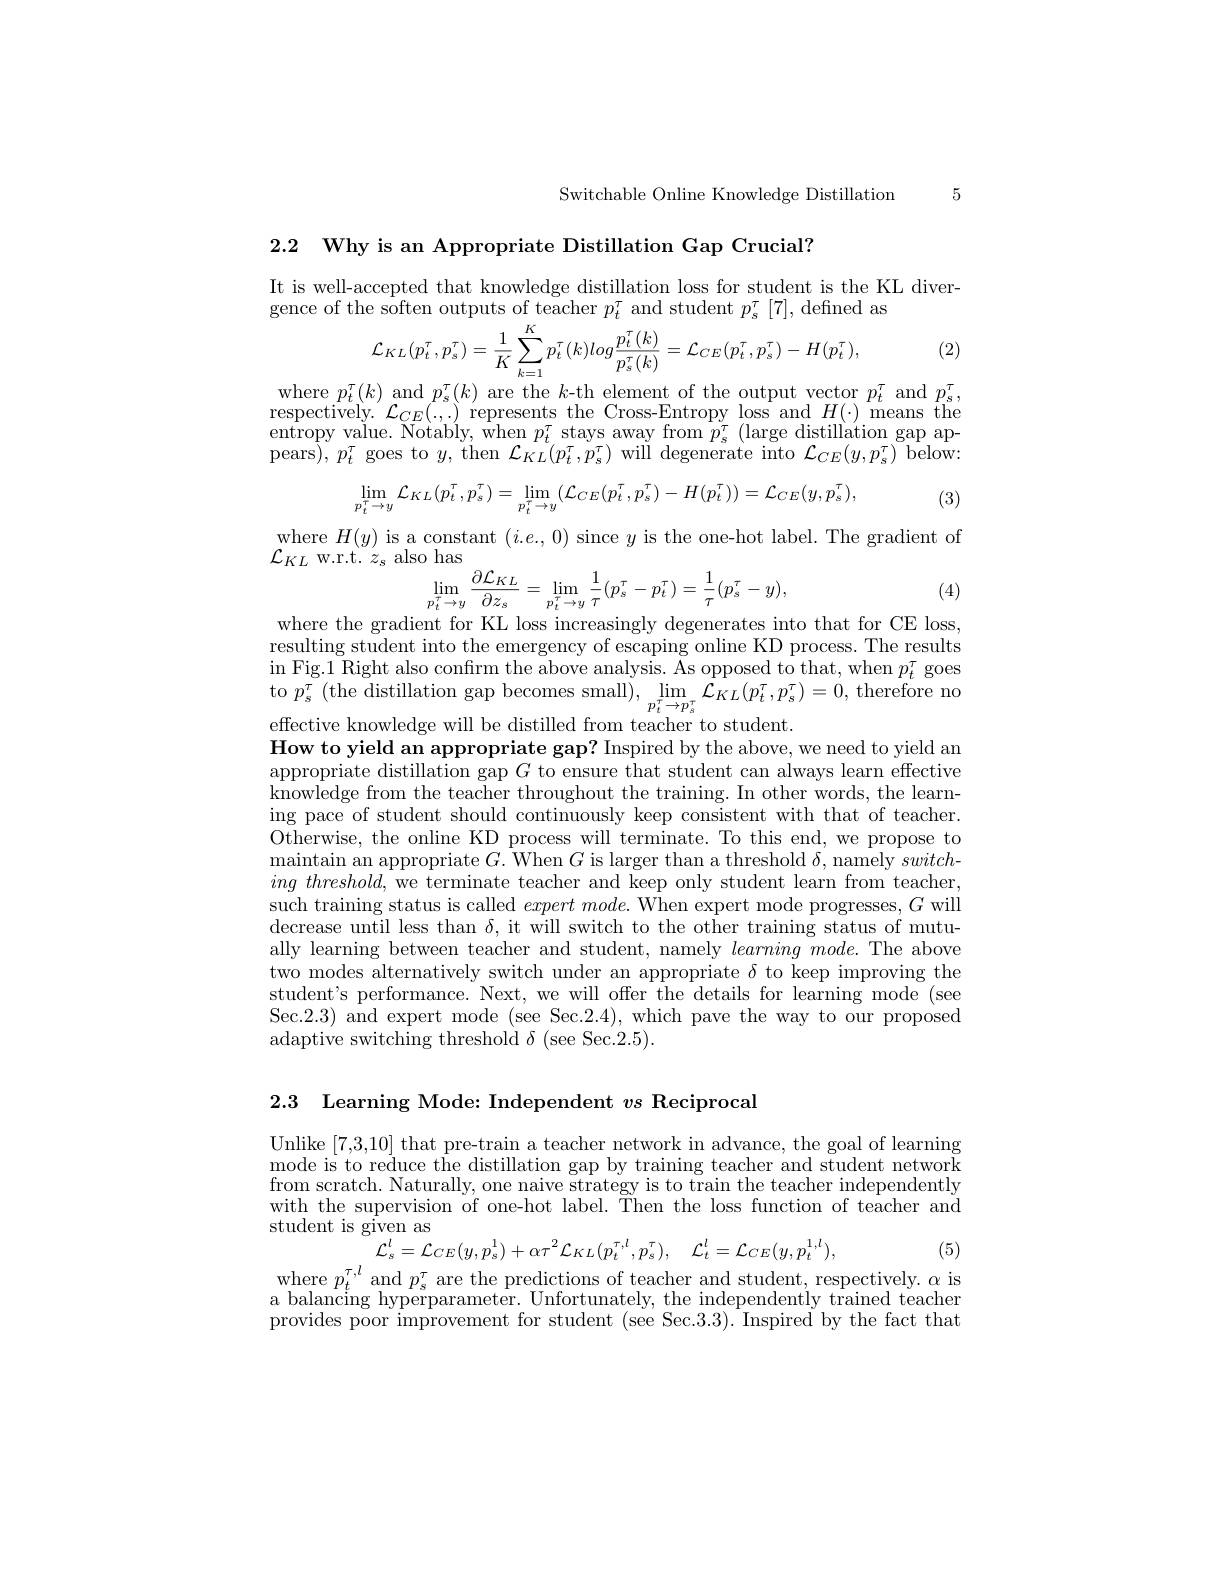
Switchable Online Knowledge Distillation 5

2.2 Why is an Appropriate Distillation Gap Crucial?

It is well-accepted that knowledge distillation loss for student is the KL diver-
gence of the soften outputs of teacher $p_t^\tau$ and student $p_s^\tau[7]$,defned as
$$\mathcal{L}_{KL}(p_{t}^{\tau},p_{s}^{\tau})=\frac{1}{K}\sum_{k=1}^{K}p_{t}^{\tau}(k)log\frac{p_{t}^{\tau}(k)}{p_{s}^{\tau}(k)}=\mathcal{L}_{CE}(p_{t}^{\tau},p_{s}^{\tau})-H(p_{t}^{\tau}),$$
(2)

$\begin{array}{c}\mathrm{where~}p_{t}^{\tau}(k)\mathrm{~and~}p_{s}^{\tau}(k)\mathrm{~are~the~}k\mathrm{-th~element~of~the~output~vector~}p_{t}^{\tau}\mathrm{~and~}p_{s}^{\tau},\\\mathrm{respectively.~}\mathcal{L}_{CE}(\ldots)\mathrm{~represents~the~Cross-Entropy~loss~and~}H(\cdot)\mathrm{~means~the}\\\mathrm{entropy~value.~Notably,~when~}p_{t}^{\tau}\mathrm{~stays~aw}\end{array}$ pears$),p_{t}^{\tau}$goes to$y$,then $\mathcal{L}_{KL}(p_{t}^{\tau},p_{\mathrm{s}}^{\tau})$will degenerate into $\mathcal{L}_{CE}(y,p_{\mathrm{s}}^{\tau})$below:

(3)
$$\lim_{p_{t}^{\tau}\to y}\mathcal{L}_{KL}(p_{t}^{\tau},p_{s}^{\tau})=\lim_{p_{t}^{\tau}\to y}(\mathcal{L}_{CE}(p_{t}^{\tau},p_{s}^{\tau})-H(p_{t}^{\tau}))=\mathcal{L}_{CE}(y,p_{s}^{\tau}),$$
$\begin{array}{l}{\mathrm{where~}H(y)\mathrm{~is~a~constant~}(i.e.,0)\mathrm{~since~}y\mathrm{~is~the~one-hot~label.~The~gradient~of}}\\{\mathcal{C}_{KL}\mathrm{~w.rt.~}z_{s}\mathrm{~also~has}}\end{array}$
$$\lim_{p_{t}^{\tau}\to y}\frac{\partial\mathcal{L}_{KL}}{\partial z_{s}}=\lim_{p_{t}^{\tau}\to y}\frac{1}{\tau}(p_{s}^{\tau}-p_{t}^{\tau})=\frac{1}{\tau}(p_{s}^{\tau}-y),$$
(4)

where the gradient for KL loss increasingly degenerates into that for CE loss resulting student into the emergency of escaping online KD process. The results in Fig.1 Right also confirm the above analysis. As opposed to that, when $p_t^\tau$ goes to $p_{s}^{\tau}\left(\mathrm{the~distillation~gap~becomes~small}\right),\operatorname*{lim}_{p_{t}^{\tau}\to p_{s}^{\tau}}\mathcal{L}_{KL}\left(p_{t}^{\tau},p_{s}^{\tau}\right)=0$, therefore no effective knowledge will be distilled from teacher to student.
How to yield an appropriate gap? Inspired by the above, we need to yield an appropriate distillation gap $G$ to ensure that student can always learn effective knowledge from the teacher throughout the training. In other words, the learning pace of student should continuously keep consistent with that of teacher. Otherwise, the online KD process will terminate. To this end, we propose to maintain an appropriate $G.$ When $G$ is larger than a threshold $\delta$, namely switch- $ing\textit{ threshold, we terminate teacher and keep only student learn from teacher, }$ such training status is called $expertmode.$ When expert mode progresses, $G$ will decrease until less than $\delta$, it will switch to the other training status of mutually learning between teacher and student, namely $learningmode.$ The above two modes alternatively switch under an appropriate $\delta$ to keep improving the student's performance. Next, we will offer the details for learning mode (see Sec.2.3) and expert mode (see Sec.2.4), which pave the way to our proposed adaptive switching threshold $\delta$ (see Sec.2.5).

2.3 Learning Mode: Independent $vs$ Reciprocal

Unlike [7,3,10] that pre-train a teacher network in advance, the goal of learning mode is to reduce the distillation gap by training teacher and student network from scratch. Naturally, one naive strategy is to train the teacher independently with the supervision of one-hot label. Then the loss function of teacher and student is given as
$$\mathcal{L}_{s}^{l}=\mathcal{L}_{CE}(y,p_{s}^{1})+\alpha\tau^{2}\mathcal{L}_{KL}(p_{t}^{\tau,l},p_{s}^{\tau}),\quad\mathcal{L}_{t}^{l}=\mathcal{L}_{CE}(y,p_{t}^{1,l}),$$
(5)
where $p_t^{\tau,l}$ and $p_s^\tau$ are the predictions of teacher and student, respectively. $\alpha$ is a balancing hyperparameter. Unfortunately, the independently trained teacher provides poor improvement for student (see Sec.3.3). Inspired by the fact that